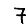
Digit: 7